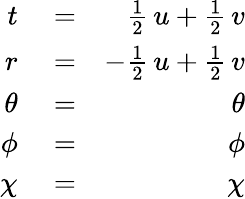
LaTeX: \begin{array}{rlr}{t}&{{}=}&{\frac{1}{2}\, u+\frac{1}{2}\, v}\\ {r}&{{}=}&{-\frac{1}{2}\, u+\frac{1}{2}\, v}\\ {{\theta}}&{{}=}&{{\theta}}\\ {{\phi}}&{{}=}&{{\phi}}\\ {{\chi}}&{{}=}&{{\chi}}\end{array}